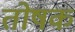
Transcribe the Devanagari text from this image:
तोषक